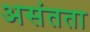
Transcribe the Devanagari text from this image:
असंतता